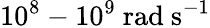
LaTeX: {10^{8}-10^{9}\ \mathrm{rad\ s^{-1}}}